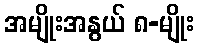
အမျိုးအနွယ် ၈-မျိုး